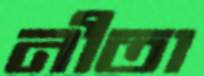
নীতা